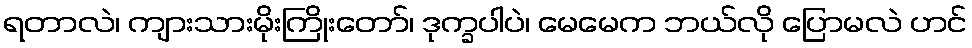
ရတာလဲ၊ ကျားသားမိုးကြိုးတော်၊ ဒုက္ခပါပဲ၊ မေမေက ဘယ်လို ပြောမလဲ ဟင်